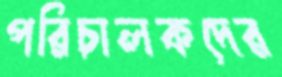
পরিচালকদের